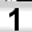
Digit: 1